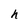
Character: h